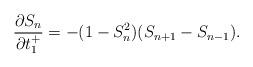
LaTeX: \begin{align*}\frac{\partial S_{n}}{\partial t_{1}^{+}}=-(1-S_{n}^{2})(S_{n+1}-S_{n-1}).\end{align*}